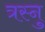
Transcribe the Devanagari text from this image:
त्रस्नु